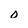
Character: o